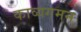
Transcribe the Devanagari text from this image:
काव्यगमन